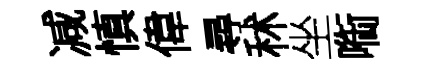
减慎偉尋秫坐㗸